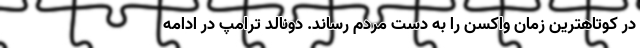
در کوتاهترین زمان واکسن را به دست مردم رساند. دونالد ترامپ در ادامه